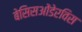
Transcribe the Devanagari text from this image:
बेसिसओंडेरविस